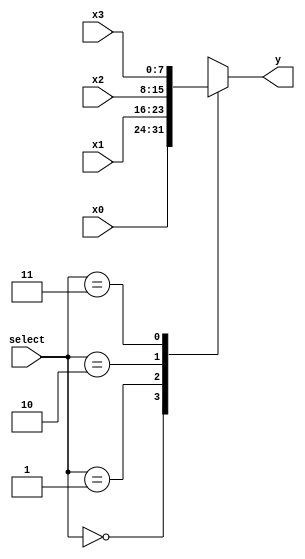
`timescale 1ns / 1ps

module four_one_mux(
    input [7:0] x0,
    input [7:0] x1,
    input [7:0] x2,
    input [7:0] x3,
    input [1:0] select,
    output reg [7:0] y
    );
    
    always@(*) begin
        case(select)
            2'b00: y = x0;
            2'b01: y = x1;
            2'b10: y = x2;
            2'b11: y = x3;
            default: y = 8'b0000_0001;
        endcase
    end
     
endmodule